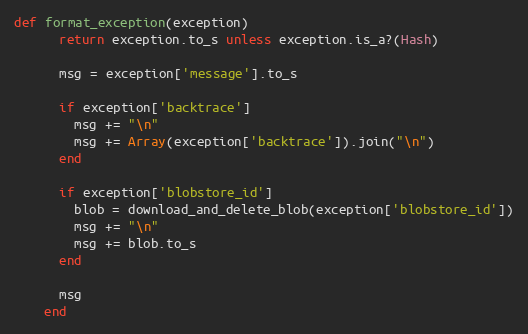
Language: Ruby
def format_exception(exception)
      return exception.to_s unless exception.is_a?(Hash)

      msg = exception['message'].to_s

      if exception['backtrace']
        msg += "\n"
        msg += Array(exception['backtrace']).join("\n")
      end

      if exception['blobstore_id']
        blob = download_and_delete_blob(exception['blobstore_id'])
        msg += "\n"
        msg += blob.to_s
      end

      msg
    end